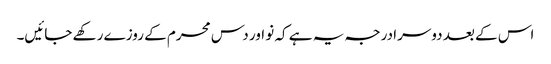
اس کے بعد دوسرا درجہ یہ ہے کہ نو اور دس محرم کے روزے رکھے جائیں۔